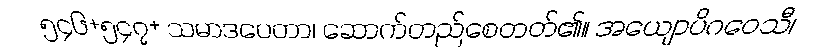
၅၄၆+၅၄၇+ သမာဒပေတာ၊ ဆောက်တည်စေတတ်၏။ အယျောပိဂဝေသီ၊